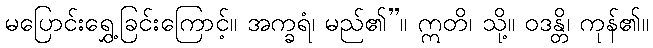
မပြောင်းရွှေ့ခြင်းကြောင့်။ အက္ခရံ၊ မည်၏”။ ဣတိ၊ သို့။ ဝဒန္တိ၊ ကုန်၏။